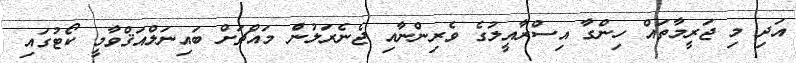
އަދި މި ޖަރީމާތައް ހިންގާ އިސްރާއީލުގެ ވެރިންނާއި ޖެނެރަލުންެ މައްޗަށް ބައިނަލްއަޤްވާމީ ކޯޓުގައި